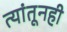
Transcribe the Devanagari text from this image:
त्यांतूनही